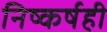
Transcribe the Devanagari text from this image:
निष्कर्षही